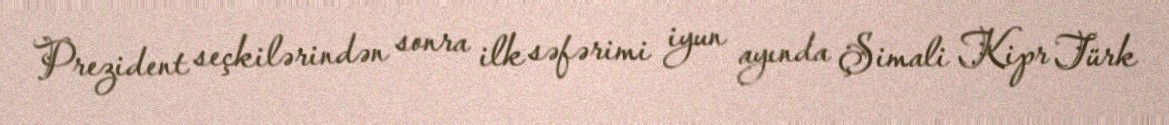
Prezident seçkilərindən sonra ilk səfərimi iyun ayında Şimali Kipr Türk